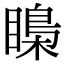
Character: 𥉼